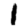
Digit: 1